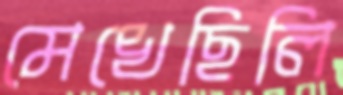
মেখেছিলি